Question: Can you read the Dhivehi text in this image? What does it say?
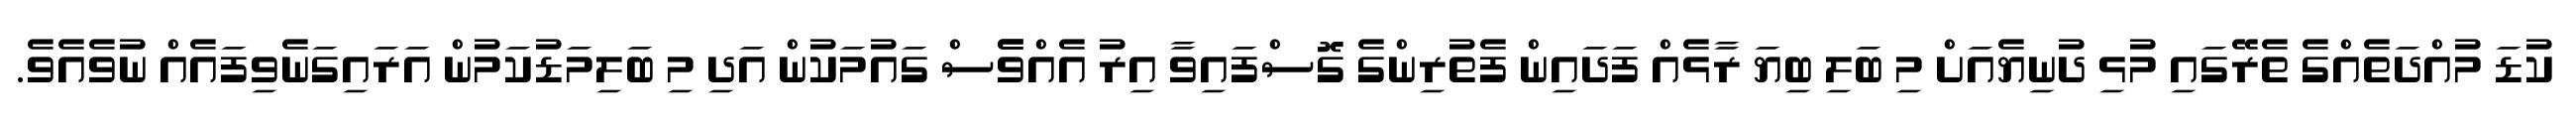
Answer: ކުޑަ މުއްދަތެއްގެ ތެރޭގައި މުޅި ދުނިޔެއަށް މި ބަލި ބިޔަ ރާޅެއް ފަދައިން ފެތުރިންގެ ގޮސްފައިވާ އިރު އެއްވެެސް ގައުމަކުން އަދި މި ބަލިމަޑުކަމުން އަރައިގަނެވިފައެއް ނުވެއެވެ.